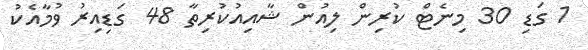
1 ގަޑި 30 މިނެޓް ކުރިން ލިއުން ޝާއިއުކުރިތާ 48 ގަޑިއިރު ވުމާއެކު